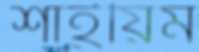
শাইয়িম